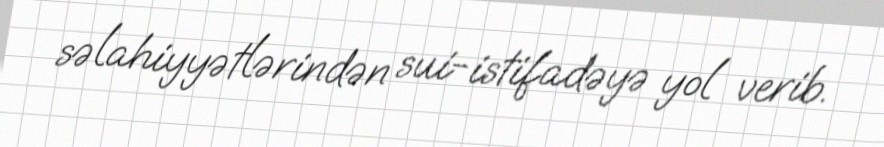
səlahiyyətlərindən sui-istifadəyə yol verib.